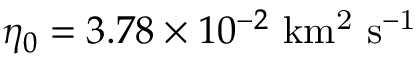
\eta _ { 0 } = 3 . 7 8 \times 1 0 ^ { - 2 } \ \mathrm { k m ^ { 2 } \ s ^ { - 1 } }